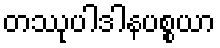
တဿုပါဒါနပစ္စယာ